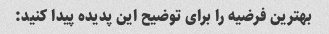
بهترین فرضیه را برای توضیح این پدیده پیدا کنید: